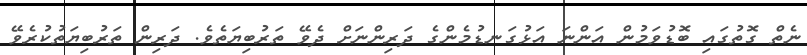
ނެތް ގޮތުގައި ބޮޑުވަމުން އަންނަ އަޅުގަނޑުމެންގެ ދަރިންނަށް ދެވޭ ތަރުބިޔަތެވެ. ދަރިން ތަރުބިޔަތުކުރެވޭ